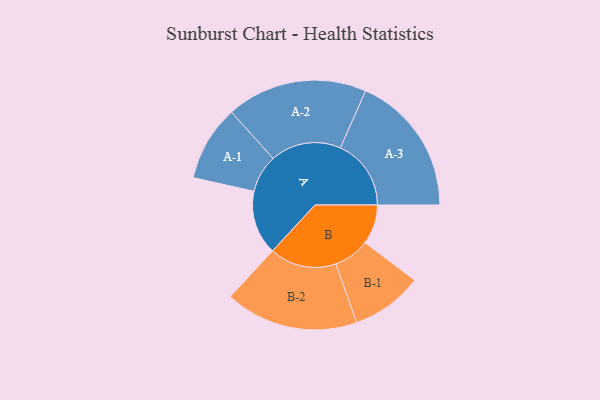
{"axis": {"x": "Segment", "y": "Value"}, "legend": ["", "A", "B"], "data": [{"x": "A", "y": 220, "type": ""}, {"x": "B", "y": 136, "type": ""}, {"x": "A-1", "y": 130, "type": "A"}, {"x": "A-2", "y": 242, "type": "A"}, {"x": "A-3", "y": 243, "type": "A"}, {"x": "B-1", "y": 123, "type": "B"}, {"x": "B-2", "y": 229, "type": "B"}]}